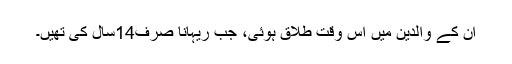
ان کے والدین میں اس وقت طلاق ہوئی، جب ریہانا صرف14سال کی تھیں۔